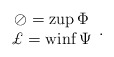
\begin{align*}\begin{array}[c]{c}\oslash=\operatorname*{zup}\Phi \\\pounds =\operatorname*{winf}\Psi\end{array}. \end{align*}